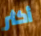
أكثر